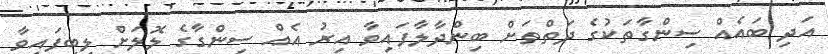
އަދި ބައެއް ސިންގާތަކުގެ ދަތްތަށް ބިންދާލާފައިވާ އިރު އެއް ސިންގާގެ ލޮލަށް ލިބިފައިވާ